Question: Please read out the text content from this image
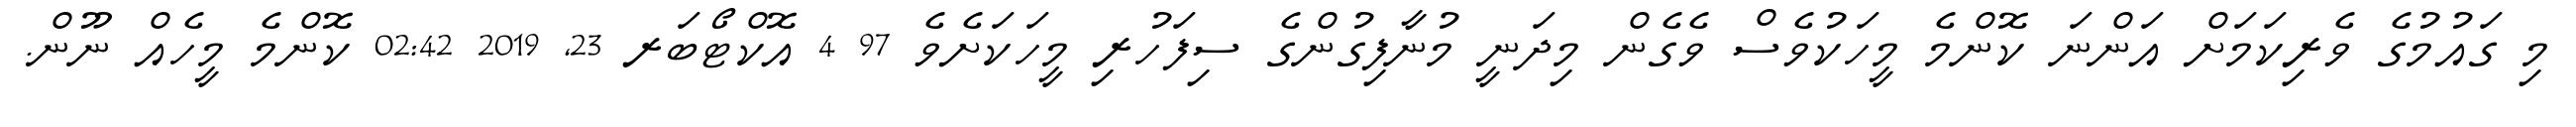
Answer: މި ގައުމުގެ ވެރިކަމަށް އަންނަ ކޮންމެ މީހަކުވެސް ވެގެން މިދަނީ މުނާފިގުންގެ ސިފަހުރި މީހަކަށެވެ 97 4 އޮކްޓޯބަރ 23, 2019 02:42 ކޮންމެ މީހެއް ނޫން.